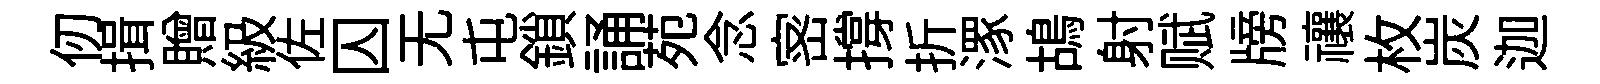
仞揖贈級佐囚无屯鎖誦苑念宻撐折潈鴣射赋牓禳枚炭迦